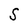
Character: S